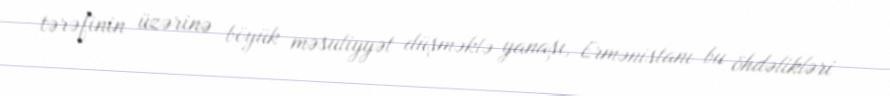
tərəfinin üzərinə böyük məsuliyyət düşməklə yanaşı, Ermənistanı bu öhdəlikləri